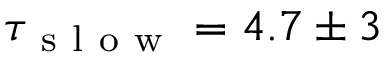
\tau _ { \mathrm { ~ s ~ l ~ o ~ w ~ } } = 4 . 7 \pm 3